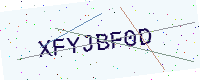
Text: XFYJBF0D